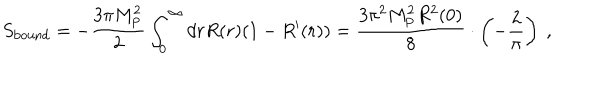
LaTeX: S _ { \mathrm { b o u n d } } = - { \frac { 3 \pi M _ { \mathrm { P } } ^ { 2 } } { 2 } } \int _ { 0 } ^ { \infty } d r R ( r ) ( 1 - R ^ { \prime } ( r ) ) = { \frac { 3 \pi ^ { 2 } M _ { \mathrm { P } } ^ { 2 } R ^ { 2 } ( 0 ) } { 8 } } \cdot \left( - { \frac { 2 } { \pi } } \right) \ ,